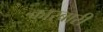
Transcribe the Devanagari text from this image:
कारबारी